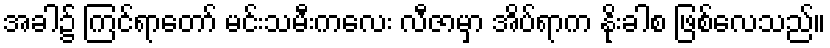
အခါ၌ ကြင်ရာတော် မင်းသမီးကလေး လီဇာမှာ အိပ်ရာက နိုးခါစ ဖြစ်လေသည်။